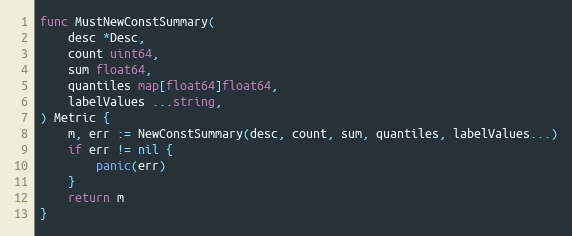
Language: Go
func MustNewConstSummary(
	desc *Desc,
	count uint64,
	sum float64,
	quantiles map[float64]float64,
	labelValues ...string,
) Metric {
	m, err := NewConstSummary(desc, count, sum, quantiles, labelValues...)
	if err != nil {
		panic(err)
	}
	return m
}